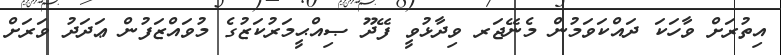
އިތުރަށް ވާހަކަ ދައްކަވަމުން މެނޭޖަރ ވިދާޅުވީ ފޭދޫ ޞިއްޙީމަރުކަޒުގެ މުވައްޒަފުން ޢަދަދު ވަރަށް